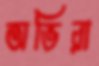
অভিরা